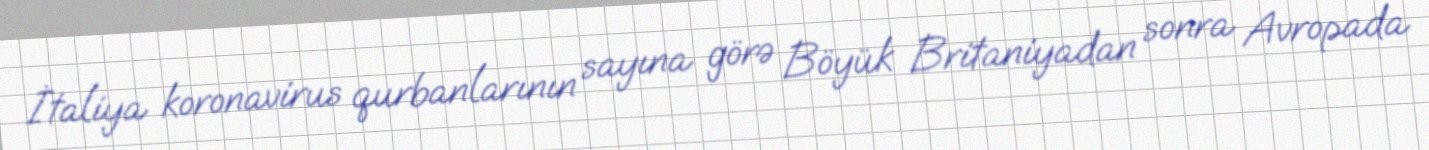
İtaliya koronavirus qurbanlarının sayına görə Böyük Britaniyadan sonra Avropada